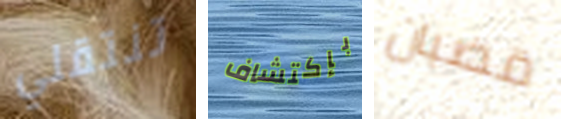
تنتقلي بإكتشاف قضبان